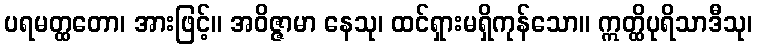
ပရမတ္ထတော၊ အားဖြင့်။ အဝိဇ္ဇာမာ နေသု၊ ထင်ရှားမရှိကုန်သော။ ဣတ္ထိပုရိသာဒီသု၊